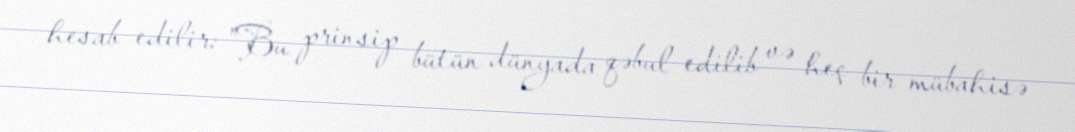
hesab edilir: "Bu prinsip bütün dünyada qəbul edilib və heç bir mübahisə